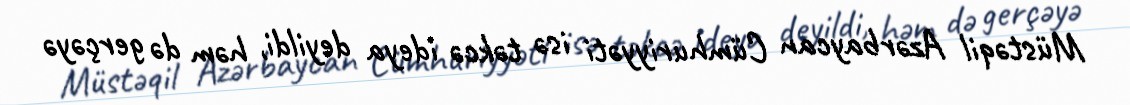
Müstəqil Azərbaycan Cümhuriyyəti isə təkcə ideya deyildi, həm də gerçəyə